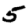
Digit: 5